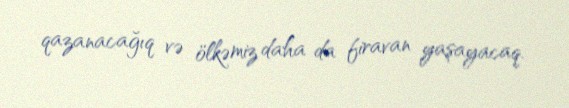
qazanacağıq və ölkəmiz daha da firavan yaşayacaq.